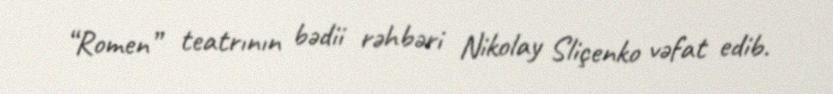
“Romen” teatrının bədii rəhbəri Nikolay Sliçenko vəfat edib.